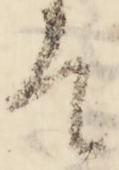
て